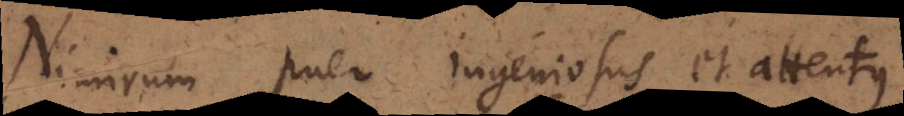
Nimirum puer ingeniosus et attentus